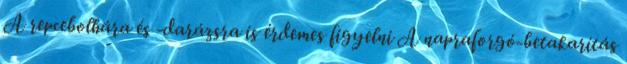
A repcebolhára és -darázsra is érdemes figyelni A napraforgó-betakarítás